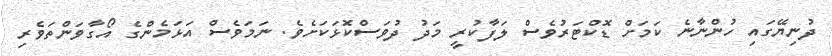
ދުނިޔޭގައި ހުންނާނެ ކަމަށް ޑޮކްޓަރުވެސް ލަފާކުރީ މަދު ދުވަސްކޮޅަކަށެވެ. ނަމަވެސް އަޅަމެންގެ އޯގާވަންތަވެރި